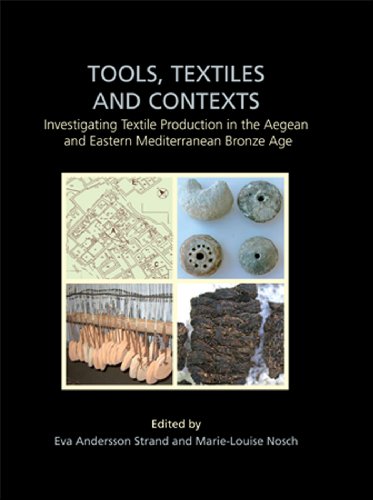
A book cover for Tools, Textiles and Contexts: Textile Production in the Aegean and Eastern Mediterranean Bronze Age (Ancient Textiles); Crafts, Hobbies & Home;